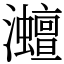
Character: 灗